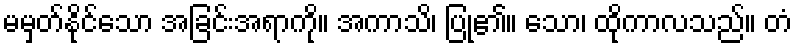
မမှတ်နိုင်သော အခြင်းအရာကို။ အကာသိ၊ ပြု၏။ သော၊ ထိုကာလသည်။ တံ